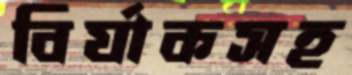
বির্যাকসহ